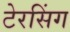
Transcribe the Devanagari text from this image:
टेरसिंग